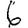
Digit: 6